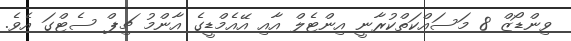
ވިންޑޯޒް 8 މަސައްކަތްކުރާނީ އިންޓެލް އާއި އޭއެމްޑީގެ އާންމު ޗިޕް ސެޓްގަ އެވެ.